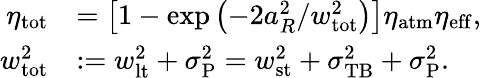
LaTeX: \begin{array}{rl}{\eta_{\mathrm{tot}}}&{=\left[1-\exp\left(-2a_{R}^{2}/w_{\mathrm{tot}}^{2}\right)\right]\eta_{\mathrm{atm}}\eta_{\mathrm{eff}},}\\ {w_{\mathrm{tot}}^{2}}&{:=w_{\mathrm{lt}}^{2}+\sigma_{\mathrm{P}}^{2}=w_{\mathrm{st}}^{2}+\sigma_{\mathrm{TB}}^{2}+\sigma_{\mathrm{P}}^{2}.}\end{array}